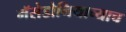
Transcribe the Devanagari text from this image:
मॅसेडोनियाच्याच